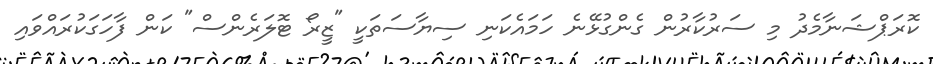
ކޮރަޕްޝަނާމެދު މި ސަރުކާރުން ގެންގުޅޭނެ ހަމައެކަނި ސިޔާސަތަކީ "ޒީރޯ ޓޮލަރެންސް" ކަން ފާހަގަކުރައްވައި